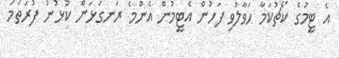
އެ ޓީމުގެ ކޯޗުކަމާ ހަވާލުވި ފަހުން އެޓީމުން އެންމެ ރަނގަޅަށް ކުޅުނު ފުރަތަމަ